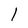
Character: 1